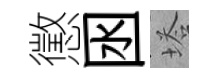
懲囦塔